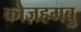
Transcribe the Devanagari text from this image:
कोज़हमबु